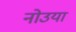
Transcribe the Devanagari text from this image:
नोउया